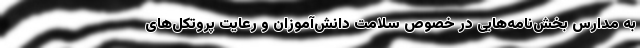
به مدارس بخش‌نامه‌هایی در خصوص سلامت دانش‌آموزان و رعایت پروتکل‌های